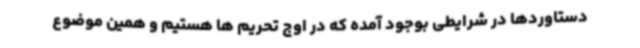
دستاوردها در شرایطی بوجود آمده که در اوج تحریم ها هستیم و همین موضوع